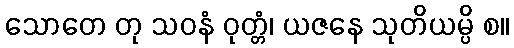
သောတေ တု သဝနံ ဝုတ္တံ၊ ယဇနေ သုတိယမ္ပိ စ။